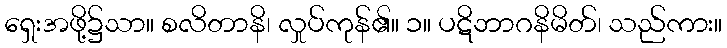
ရှေးအဖို့၌သာ။ စလိတာနိ၊ လှုပ်ကုန်၏။ ၁။ ပဋိဘာဂနိမိတ်၊ သည်ကား။